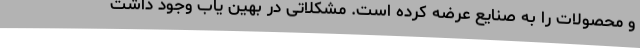
و محصولات را به صنایع عرضه کرده است. مشکلاتی در بهین یاب وجود داشت